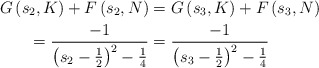
\begin{align*}G\left(s_2,K\right)+F\left(s_2,N\right)&=G\left(s_3,K\right)+F\left(s_3,N\right)\\=\frac{-1}{\left(s_2-\frac{1}{2}\right)^2-\frac{1}{4}}&=\frac{-1}{\left(s_3-\frac{1}{2}\right)^2-\frac{1}{4}} \end{align*}